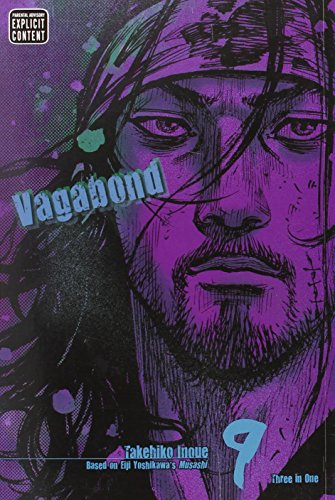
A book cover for Vagabond, Vol. 9 (VIZBIG Edition); Takehiko Inoue; Comics & Graphic Novels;